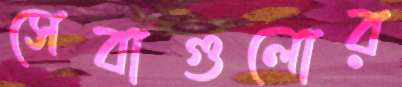
সেবাগুলোর